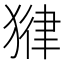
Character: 𪻃